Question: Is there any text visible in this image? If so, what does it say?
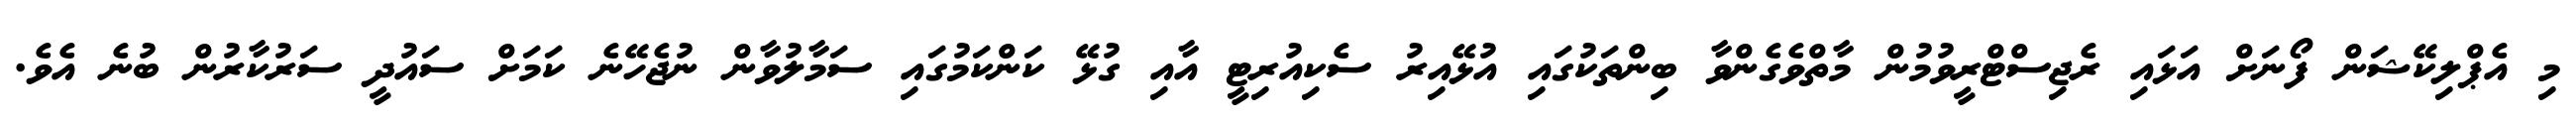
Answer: މި އެޕްލިކޭޝަން ފޯނަށް އަޅައި ރެޖިސްޓްރީވުމުން މާތްވެގެންވާ ބިންތަކުގައި އުޅޭއިރު ސެކިއުރިޓީ އާއި ގުޅޭ ކަންކަމުގައި ސަމާލުވާން ނުޖެހޭނެ ކަމަށް ސައުދީ ސަރުކާރުން ބުނެ އެވެ.